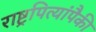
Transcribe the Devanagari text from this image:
राष्ट्रपित्यांपैकी